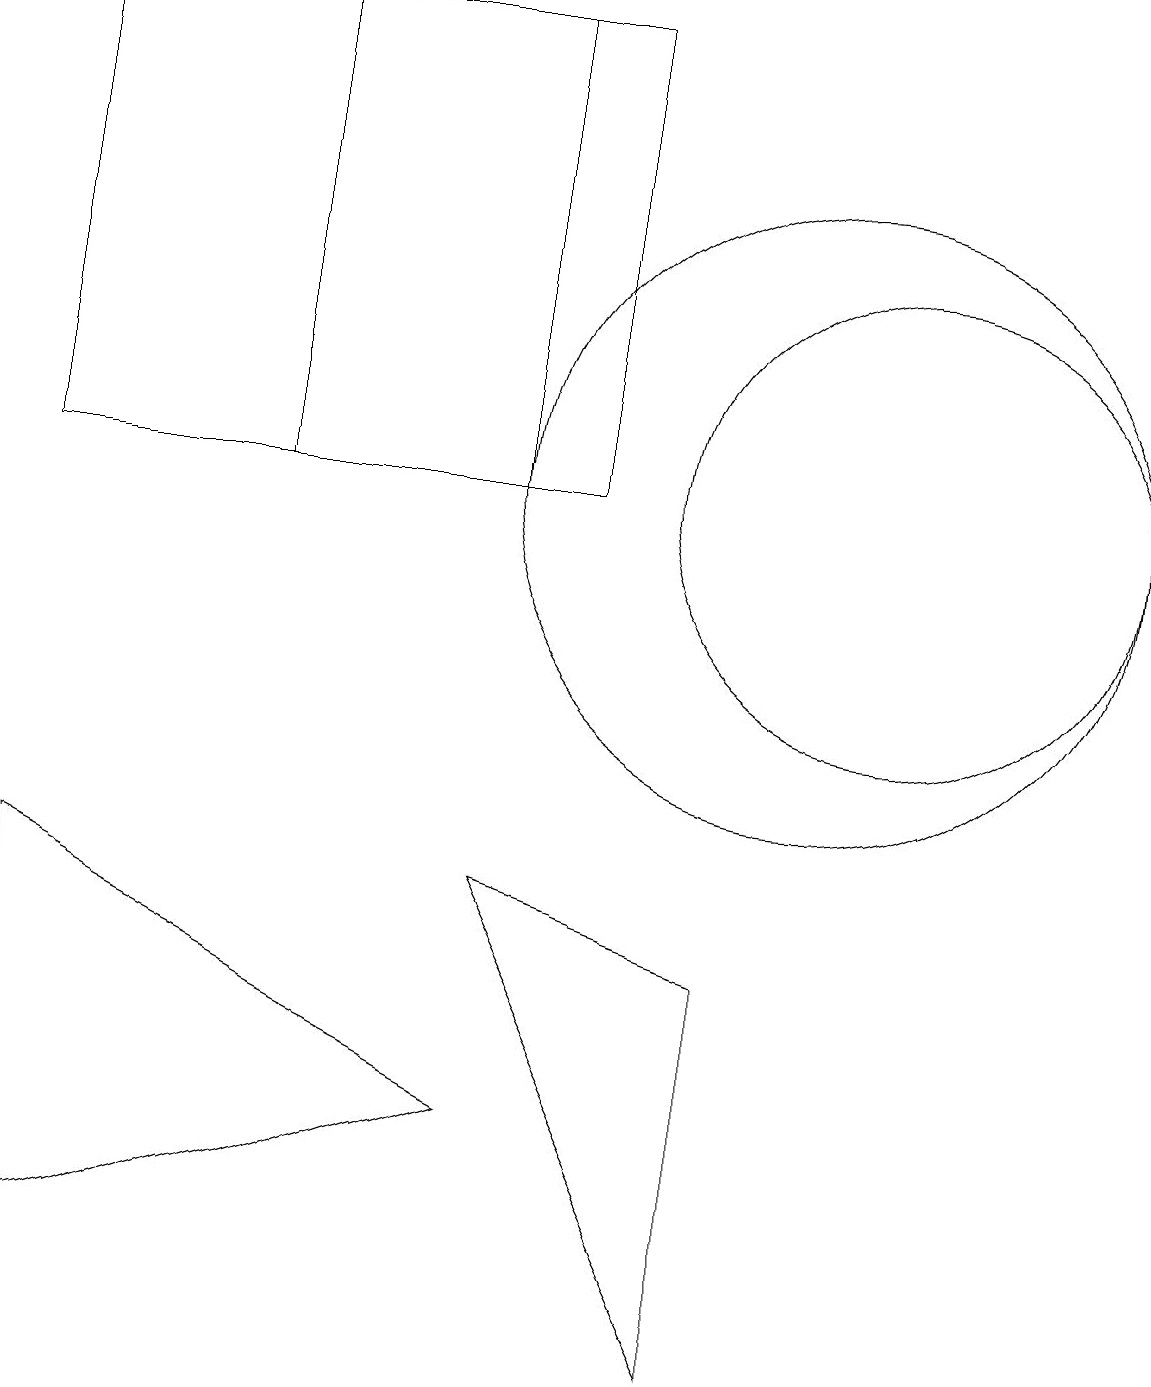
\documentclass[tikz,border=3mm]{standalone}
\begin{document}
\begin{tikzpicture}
\draw (11,11) circle (3);
\draw (6,17) rectangle (0,11);
\draw (10,11) circle (4);
\draw (9,0) -- (9,5) -- (6,6) -- cycle;
\draw (11,10) circle (0);
\draw (7,17) rectangle (3,11);
\draw (6,3) -- (0,1) -- (0,6) -- cycle;
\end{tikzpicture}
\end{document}